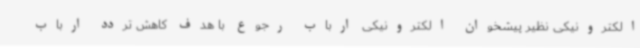
الکترونیکی نظیر پیشخوان الکترونیکی ارباب رجوع با هدف کاهش تردد ارباب